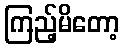
ကြည့်မိတော့